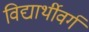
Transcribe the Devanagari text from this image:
विद्यार्थीवर्ग